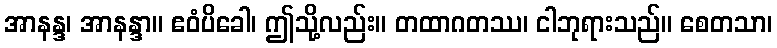
အာနန္ဒ၊ အာနန္ဒာ။ ဧဝံပိခေါ၊ ဤသို့လည်း။ တထာဂတဿ၊ ငါဘုရားသည်။ စေတသာ၊